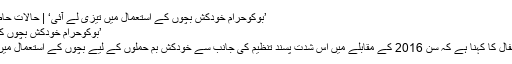
’بوکوحرام خودکش بچوں کے استعمال میں تیزی لے آئی‘ | حالات حاضرہ | DW | 22.08.2017
’بوکوحرام خودکش بچوں کے استعمال میں تیزی لے آئی‘
اقوام متحدہ کے ادارہ برائے اطفال کا کہنا ہے کہ سن 2016 کے مقابلے میں اس شدت پسند تنظیم کی جانب سے خودکش بم حملوں کے لیے بچوں کے استعمال میں چار گنا اضافہ دیکھا گیا ہے۔